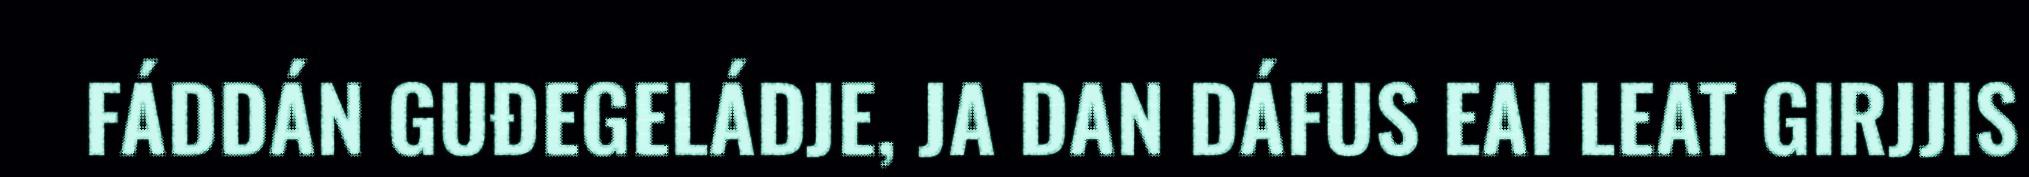
FÁDDÁN GUĐEGELÁDJE, JA DAN DÁFUS EAI LEAT GIRJJIS